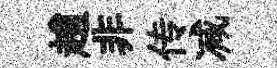
趙非传减